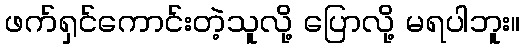
ဖက်ရှင်ကောင်းတဲ့သူလို့ ပြောလို့ မရပါဘူး။